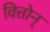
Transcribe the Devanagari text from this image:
वित्तोन्